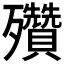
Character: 𣪁